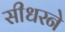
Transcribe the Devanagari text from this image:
सीधरने